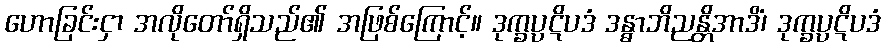
ဟောခြင်းငှာ အလိုတော်ရှိသည်၏ အဖြစ်ကြောင့်။ ဒုက္ခပ္ပဋိပဒံ ဒန္ဓာဘိညန္တိအာဒိံ၊ ဒုက္ခပ္ပဋိပဒံ